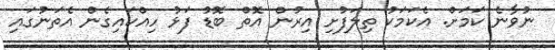
ނުވާނެ ކަމަށް. އެކަމަކު ތިލަފުށި އިރުން އޮތް ބޮޑު ފަޅު ހިއްކައިގެން އެތަނުގައި